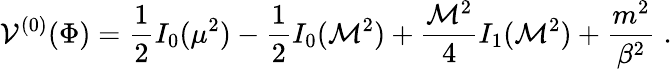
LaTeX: {\cal V}^{(0)}(\Phi)={\frac{1}{2}}I_{0}(\mu^{2})-{\frac{1}{2}}I_{0}({\cal M}^{2})+{\frac{{\cal M}^{2}}{4}}I_{1}({\cal M}^{2})+{\frac{m^{2}}{\beta^{2}}}\; .